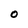
Character: O